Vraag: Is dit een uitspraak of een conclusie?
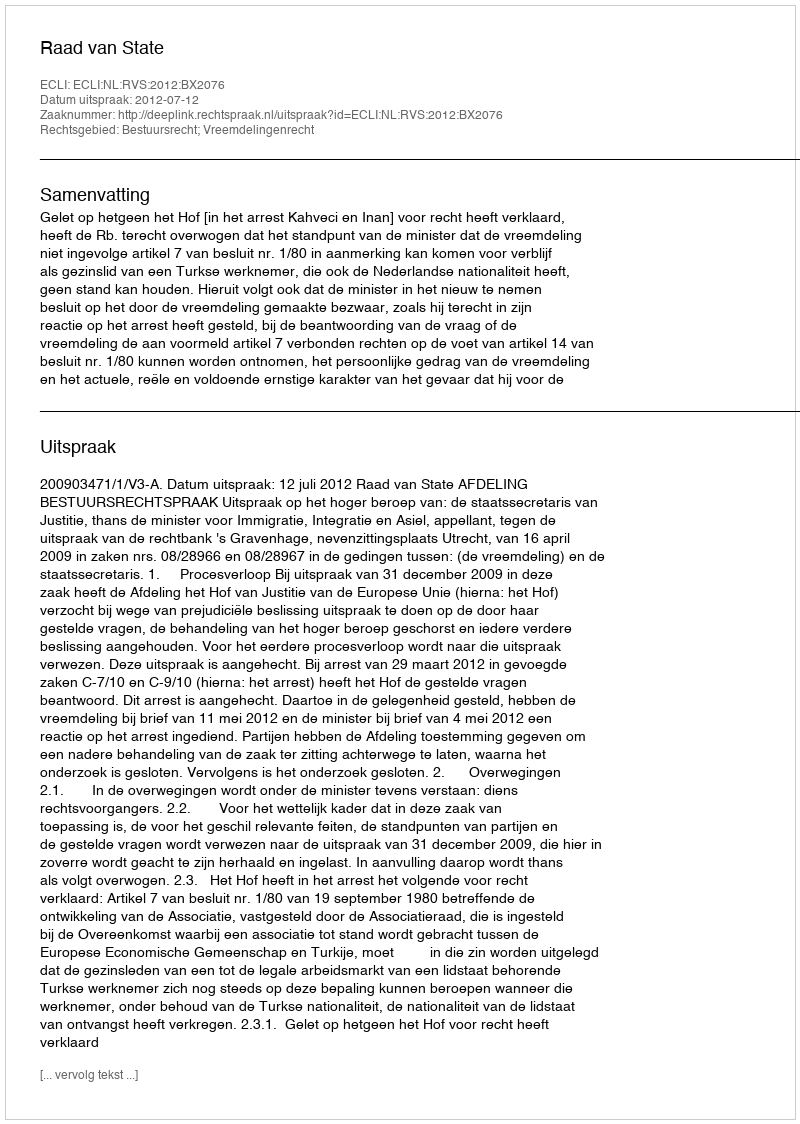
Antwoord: Uitspraak